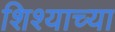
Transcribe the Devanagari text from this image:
शिश्याच्या